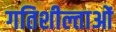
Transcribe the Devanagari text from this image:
गतिशील्ताओं